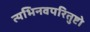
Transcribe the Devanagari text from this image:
त्यभिनवपरितुष्टो